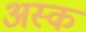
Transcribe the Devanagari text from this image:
अस्क